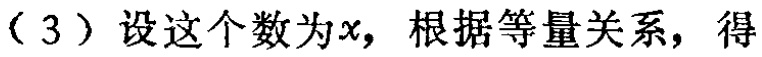
（3）设这个数为\(x\)，根据等量关系，得